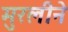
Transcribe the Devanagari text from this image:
मुरलीने